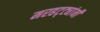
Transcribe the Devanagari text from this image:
मरहट्ट्यांनी